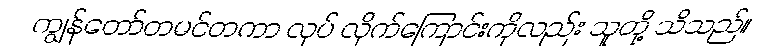
ကျွန်တော်တမင်တကာ လုပ် လိုက်ကြောင်းကိုလည်း သူတို့ သိသည်။